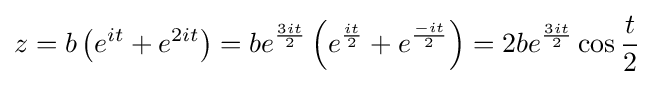
z=b\left(e^{it}+e^{2it}\right)=be^{3it \over 2}\left(e^{it \over 2}+e^{-it \over 2}\right)=2be^{3it \over 2}\cos {t \over 2}